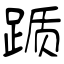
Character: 踬